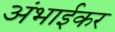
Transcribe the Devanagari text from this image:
अंभाईकर